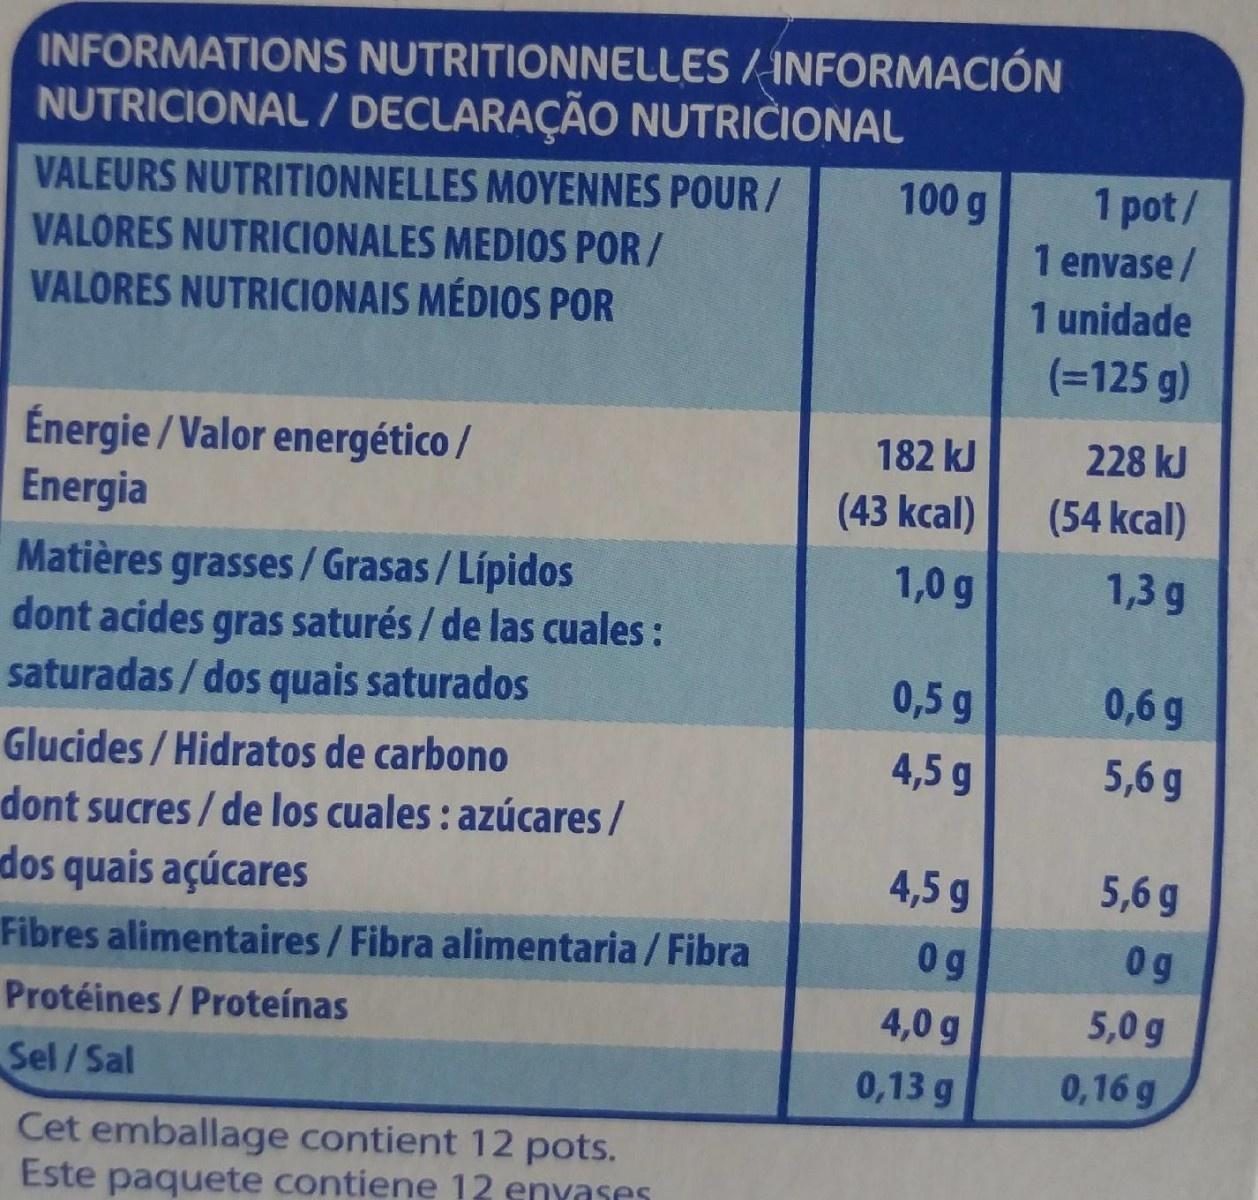
INFORMATIONS NUTRITIONNELLES /INFORMACIÓN NUTRICIONAL / DECLARAÇÃO NUTRICIONAL 100 g
1 pot/ 1 envase /
VALEURS NUTRITIONNELLES MOYENNES POUR /
VALORES NUTRICIONALES MEDIOS POR/ VALORES NUTRICIONAIS MÉDIOS POR
1 unidade
(=125 g)
182 kJ
228 kJ
Énergie / Valor energético / Energia
(43 kcal)
(54 kcal)
1,0 g
1,3 g
Matières grasses/Grasas/Lípidos dont acides gras saturés / de las cuales : saturadas / dos quais saturados
0,5 g
0,6 g
Glucides / Hidratos de carbono
4,5 g
5,6 g
dont sucres / de los cuales : azúcares /
dos quais açúcares
4,5 g
5,6 g
Fibres alimentaires/Fibra alimentaria / Fibra
0g
0g
Protéines/Proteínas
4,0 g
5,0 g
Sel/Sal
0,13 g
0,16 g
Cet emballage contient 12 pots. Este paquete contiene 12 enyases